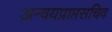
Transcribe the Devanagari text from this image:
अन्वयप्राप्तसचिव